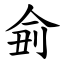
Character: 侴